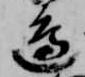
辺